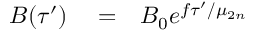
\begin{array} { r l r } { B ( \tau ^ { \prime } ) } & { { } = } & { B _ { 0 } e ^ { f \tau ^ { \prime } / \mu _ { 2 n } } } \end{array}